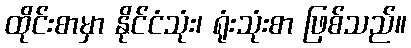
ထိုင်းစာမှာ နိုင်ငံသုံး၊ ရုံးသုံးစာ ဖြစ်သည်။